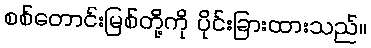
စစ်တောင်းမြစ်တို့ကို ပိုင်းခြားထားသည်။